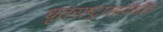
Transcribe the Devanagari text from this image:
धृतराष्ट्रालादेखील